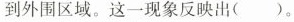
到外围区域。这一现象反映出( )。